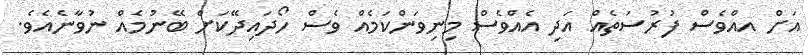
އަށް އއްވެސް ފުރުސަތެއް އަދި އެއްވެސް މިނިވަންކަމެއް ވެސް ހޯދައިދޭކަށް ބޭނުމެއް ނުވާނެއެވެ.